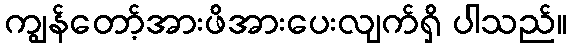
ကျွန်တော့်အားဖိအားပေးလျက်ရှိ ပါသည်။